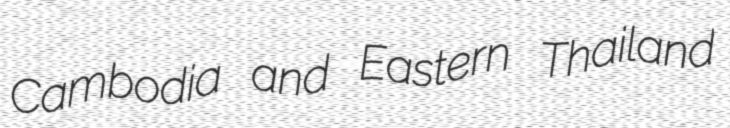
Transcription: Cambodia and Eastern Thailand